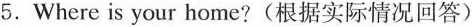
5.Where is your home?(根据实际情况回答)